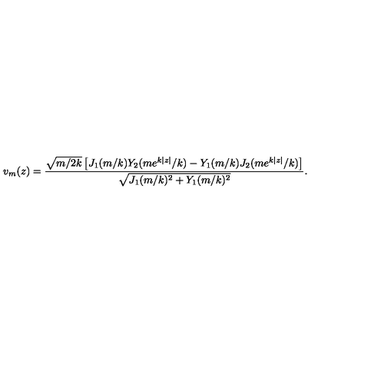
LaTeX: v _ { m } ( z ) = \frac { \sqrt { m / 2 k } \left[ J _ { 1 } ( m / k ) Y _ { 2 } ( m e ^ { k | z | } / k ) - Y _ { 1 } ( m / k ) J _ { 2 } ( m e ^ { k | z | } / k ) \right] } { \sqrt { J _ { 1 } ( m / k ) ^ { 2 } + Y _ { 1 } ( m / k ) ^ { 2 } } } .